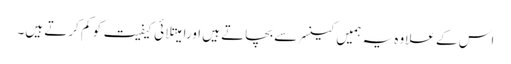
اس کے علاوہ یہ ہمیں کینسر سے بچاتے ہیں اورامیتلائی کیفیت کو کم کرتے ہیں۔